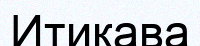
Итикава